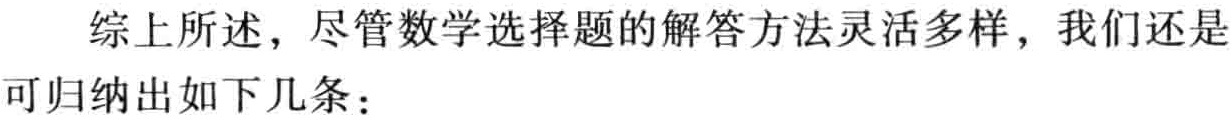
综上所述，尽管数学选择题的解答方法灵活多样，我们还是可归纳出如下几条：